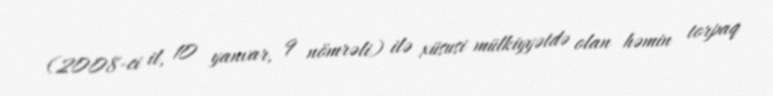
(2008-ci il, 10 yanvar, 9 nömrəli) ilə xüsusi mülkiyyətdə olan həmin torpaq